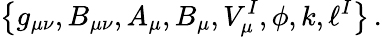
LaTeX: \left\{ g_{\mu\nu},B_{\mu\nu},A_{\mu},B_{\mu},V_{\mu}^{I},\phi,k,\ell^{I}\right\} \, .